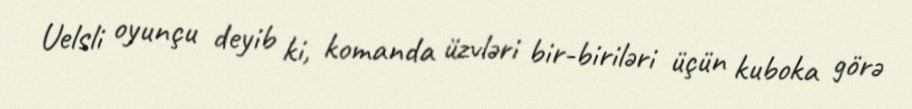
Uelsli oyunçu deyib ki, komanda üzvləri bir-biriləri üçün kuboka görə